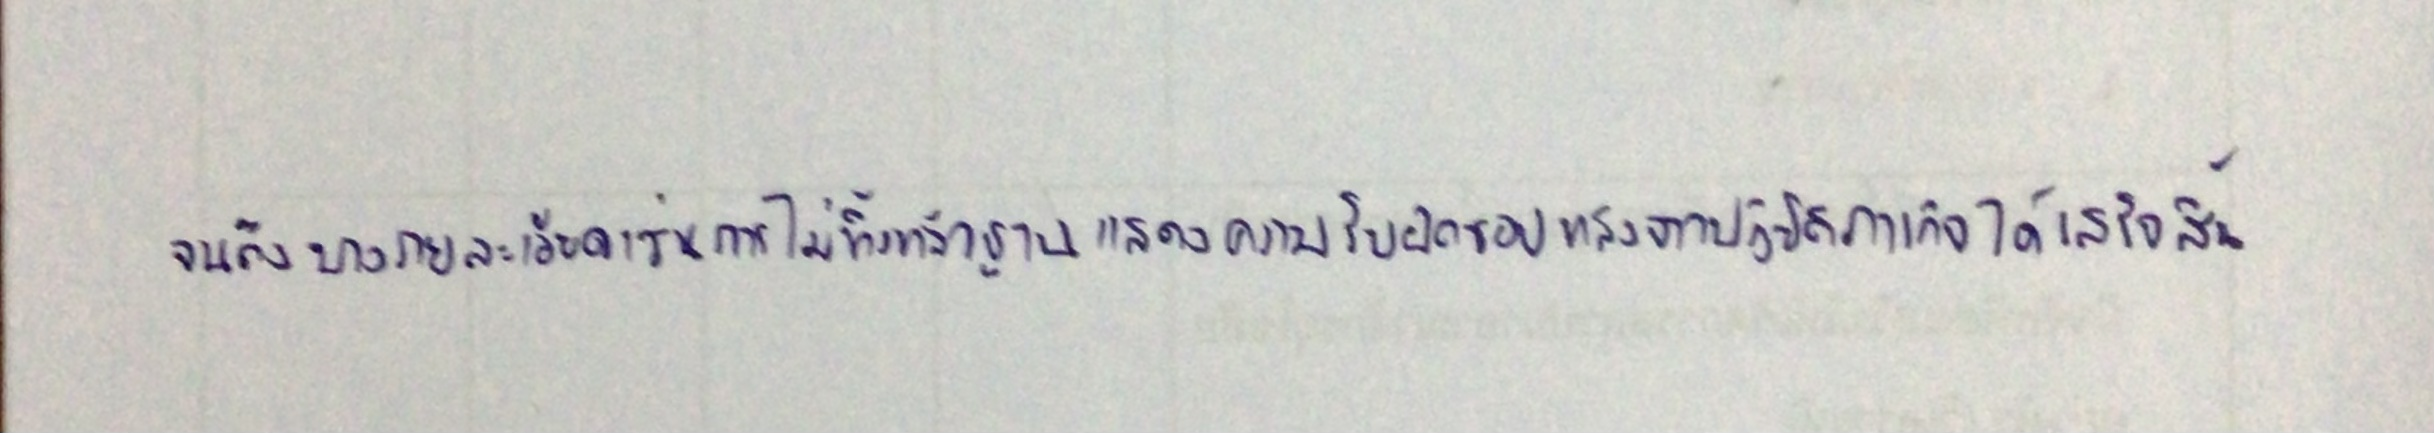
จนถึงบางรายละเอียดเช่นการไม่ทิ้งหลักฐานแสดงความรับผิดชอบหลังจากปฏิบัติภารกิจได้เสร็จสิ้น